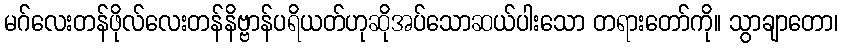
မဂ်လေးတန်ဖိုလ်လေးတန်နိဗ္ဗာန်ပရိယတ်ဟုဆိုအပ်သောဆယ်ပါးသော တရားတော်ကို။ သွာချာတော၊